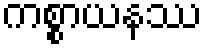
ကစ္စာယနဿ